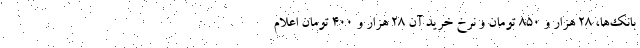
بانک‌ها، ۲۸ هزار و ۸۵۰ تومان و نرخ خرید آن ۲۸ هزار و ۴۰۰ تومان اعلام